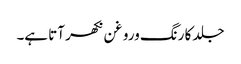
جلد کا رنگ وروغن نکھر آتا ہے۔